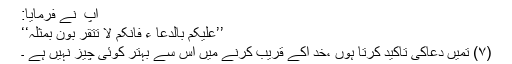
آپ ؑ نے فرمایا:
’’علیکم بالدعا ء فانکم لا تتقر بون بمثلہ‘‘
(۷) تمیں دعاکی تاکید کرتا ہوں ،خد اکے قریب کرنے میں اس سے بہتر کوئی چیز نہیں ہے ۔